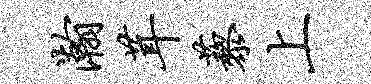
瀚茸藜上